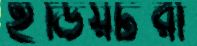
ইডিয়টরা